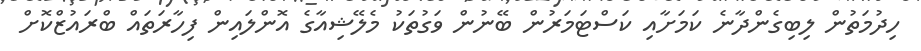
ހިދުމަތުން ލިބިގެންދާނެ ކަމަށާއި ކަސްޓަމަރުން ބޭނުން ވަގުތަކު މެލޭޝިއާގެ އޮންލައިން ފިހާރަތައް ބްރައުޒްކޮށް